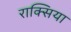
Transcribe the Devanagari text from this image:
राक्सिया